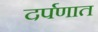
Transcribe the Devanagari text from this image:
दर्पणात